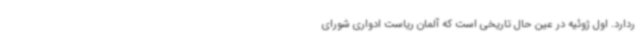
ردارد. اول ژوئیه در عین حال تاریخی است که آلمان ریاست ادواری شورای